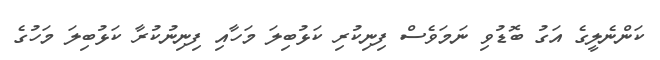
ކަންނެލީގެ އަގު ބޮޑުވި ނަމަވެސް ފިނިކުރި ކަޅުބިލަ މަހާއި ފިނިނުކުރާ ކަޅުބިލަ މަހުގެ